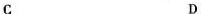
C D